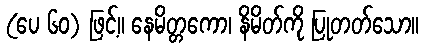
(ပေ ၆၀) ဖြင့်။ နေမိတ္တကော၊ နိမိတ်ကို ပြုတတ်သော။